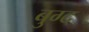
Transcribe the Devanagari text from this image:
बुग्द